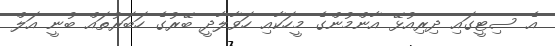
އެ ސިޓީގައި ދިރިއުޅޭ އާންމުންގެ މީހަކާއި ހަވާލާދީ ބޭރުގެ ހަބަރުތައް ބުނީ އަލް